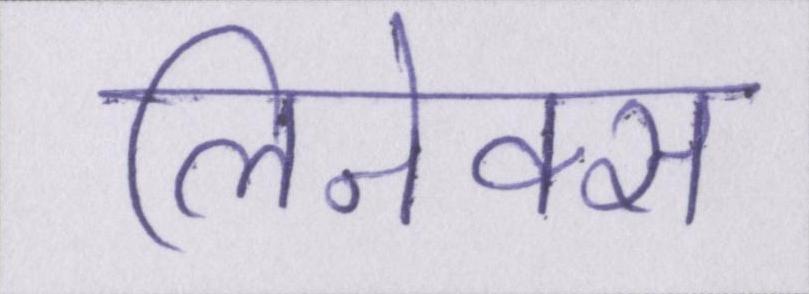
लिनेक्स